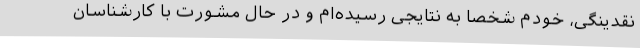
نقدینگی، خودم شخصاً به نتایجی رسیده‌ام و در حال مشورت با کارشناسان